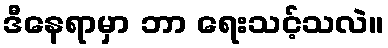
ဒီနေရာမှာ ဘာ ရေးသင့်သလဲ။